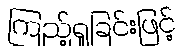
ကြည့်ရှုခြင်းဖြင့်